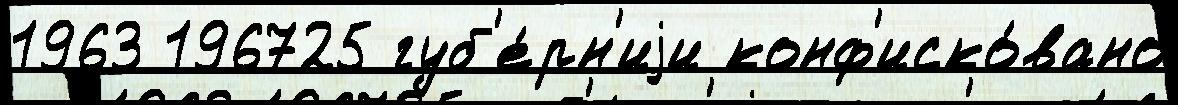
1963 196725 губ'е́рн'иjи конф'иско́вано